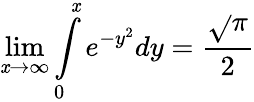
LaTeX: \lim\limits_{\mathit{x}\rightarrow\infty}\int\limits_{0}^{\mathit{x}}e^{-y^{2}}dy=\frac{{\sqrt{}{{\pi}}}}{{2}}